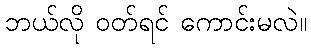
ဘယ်လို ဝတ်ရင် ကောင်းမလဲ။